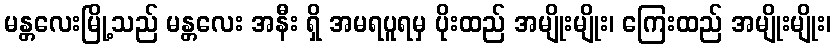
မန္တလေးမြို့သည် မန္တလေး အနီး ရှိ အမရပူရမှ ပိုးထည် အမျိုးမျိုး၊ ကြေးထည် အမျိုးမျိုး၊